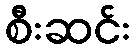
စီးဆင်း